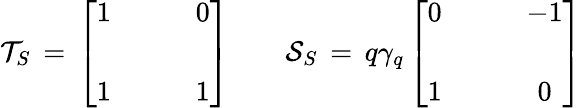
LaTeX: {\cal T}_{S}\, =\, \left[\begin{array}{cc}{{1}}&{{\qquad 0}}\\ {{}}&{{}}\\ {{1}}&{{\qquad 1}}\end{array}\right]\qquad{\cal S}_{S}\, =\, q\gamma_{q}\left[\begin{array}{cc}{{0}}&{{\qquad-1}}\\ {{}}&{{}}\\ {{1}}&{{\qquad 0}}\end{array}\right]